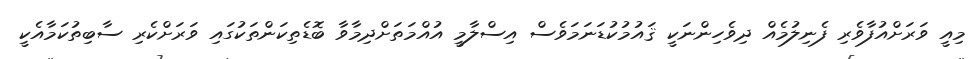
މިއީ ވަރަށްއުފާވެރި ފެނިލުމެއް ދިވެހިންނަކީ ޤައުމުކުޑަނަމަވެސް އިސްލާމީ އުއްމަތަށްދިމާވާ ބޮޑެތިކަންތަކުގައި ވަރަށްކެރި ސާބިތުކަމާއެކީ